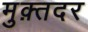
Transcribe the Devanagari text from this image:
मुक़्तदर